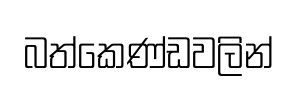
බත්කෙණ්ඩවලින්